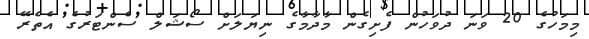
މިމަހުގެ 20 ވަނަ ދުވަހުން ފެށިގެން މާދާމާގެ ނިޔަލަށް ސޯޝަލް ސެންޓަރުގެ އެތެރޭ